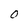
Character: 0